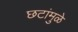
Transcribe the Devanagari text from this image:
छटांमुळे